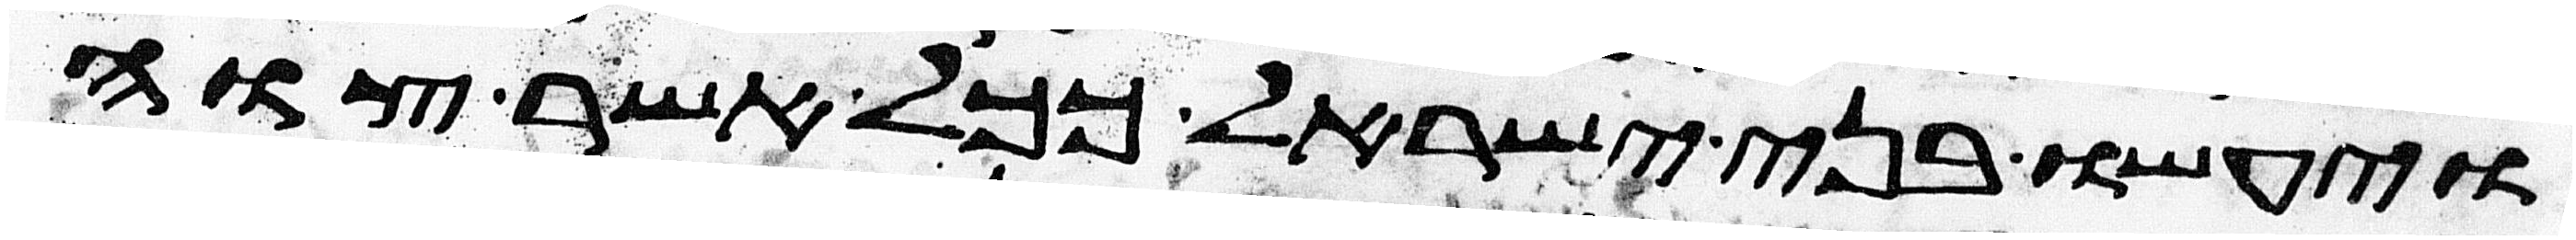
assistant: ויעשו בני ישראל ככל אשר צוה